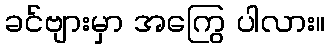
ခင်ဗျားမှာ အကြွေ ပါလား။